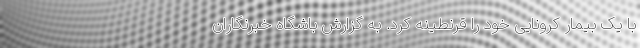
با یک بیمار کرونایی خود را قرنطینه کرد. به گزارش باشگاه خبرنگاران